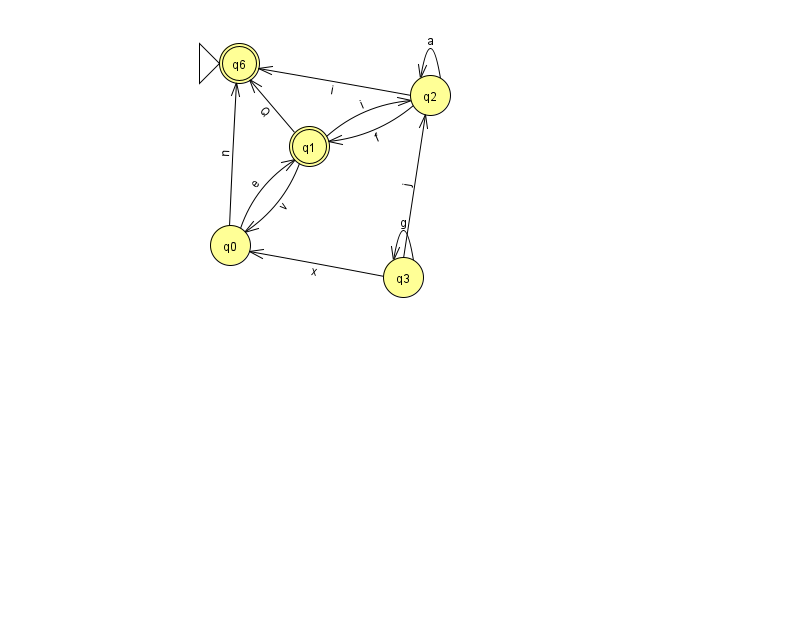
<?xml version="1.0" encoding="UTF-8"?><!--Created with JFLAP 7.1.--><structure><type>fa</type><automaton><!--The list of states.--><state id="0" name="q0"><x>230.0</x><y>232.0</y></state><state id="1" name="q1"><x>309.0</x><y>133.0</y><final/></state><state id="2" name="q2"><x>430.0</x><y>82.0</y></state><state id="3" name="q3"><x>403.0</x><y>264.0</y></state><state id="6" name="q6"><x>239.0</x><y>50.0</y><initial/><final/></state><!--The list of transitions.--><transition><from>2</from><to>2</to><read>a</read></transition><transition><from>0</from><to>1</to><read>e</read></transition><transition><from>2</from><to>1</to><read>f</read></transition><transition><from>1</from><to>0</to><read>v</read></transition><transition><from>1</from><to>6</to><read>Q</read></transition><transition><from>3</from><to>3</to><read>g</read></transition><transition><from>0</from><to>6</to><read>n</read></transition><transition><from>1</from><to>2</to><read>i</read></transition><transition><from>2</from><to>6</to><read>i</read></transition><transition><from>3</from><to>0</to><read>x</read></transition><transition><from>3</from><to>2</to><read>j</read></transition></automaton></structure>